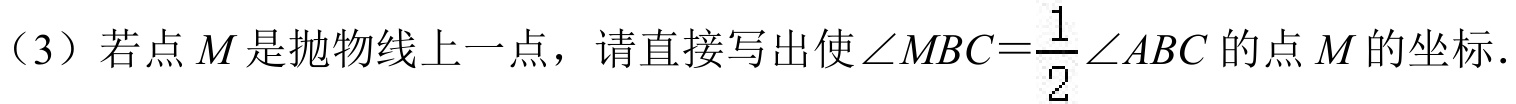
（3）若点$M$是抛物线上一点，请直接写出使$\angle MBC = \dfrac{1}{2}\angle ABC$的点$M$的坐标.